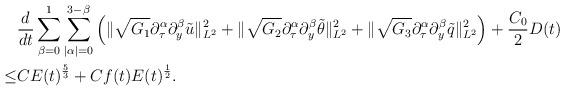
LaTeX: \begin{align*}&\frac d{dt}\sum\limits_{\beta=0}^{1}\sum\limits_{|\alpha|=0}^{3-\beta}\left(\|\sqrt{G_1}\partial_\tau^\alpha\partial_y^\beta\tilde{u}\|_{L^2}^2+\|\sqrt{G_2}\partial_\tau^\alpha\partial_y^\beta\tilde{\theta}\|_{L^2}^2+\|\sqrt{G_3}\partial_\tau^\alpha\partial_y^\beta\tilde{q}\|_{L^2}^2\right)+\frac{C_0}{2}D(t)\\\le &CE(t)^{\frac53}+Cf(t)E(t)^{\frac12}.\end{align*}